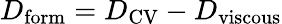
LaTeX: D_{\mathrm{form}}=D_{\mathrm{CV}}-D_{\mathrm{viscous}}